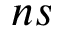
n s